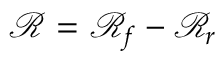
\mathcal { R } = \mathcal { R } _ { f } - \mathcal { R } _ { r }